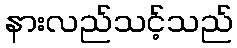
နားလည်သင့်သည်